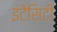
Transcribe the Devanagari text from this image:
इंटेंसिटी